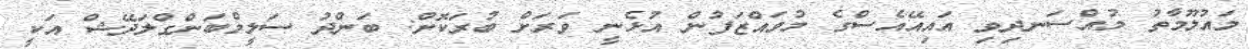
މައުލޫމާތު މުއްސަނދިވި އައިއޭއެސްގެ މުވައްޒަފުން އުޅެނީ ވަރަށް ބުރަކޮށް: ބަންދު ސަލީމްބަންގްލަދޭޝް އަކީ